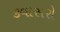
કવાસરો